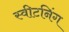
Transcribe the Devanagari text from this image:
स्वीटनिंग